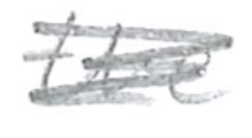
Text: the
Cross-out: scratch
Writing tool: pencil